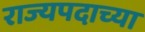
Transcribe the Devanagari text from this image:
राज्यपदाच्या